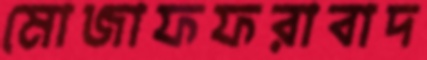
মোজাফফরাবাদ